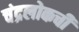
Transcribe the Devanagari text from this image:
चंद्रलोकची